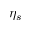
\eta _ { s }